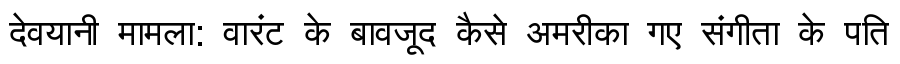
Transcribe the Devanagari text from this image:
देवयानी मामला: वारंट के बावजूद कैसे अमरीका गए संगीता के पति